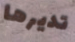
تديرها